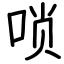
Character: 唢